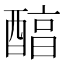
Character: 醕